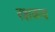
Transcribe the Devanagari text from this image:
रक्षकच